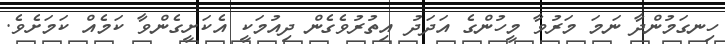
ހިނގަމުންދާ ނަމަ މަރުވާ މީހުންގެ އަދަދު އިތުރުވެގެން ދިއުމަކީ އެކަށީގެންވާ ކަމެއް ކަމަށެވެ.